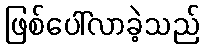
ဖြစ်ပေါ်လာခဲ့သည်